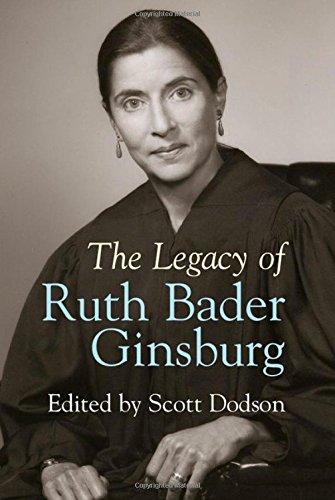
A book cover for The Legacy of Ruth Bader Ginsburg; Law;